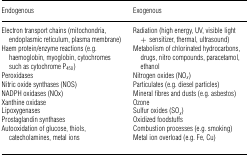
| Endogenous | Exogenous |
 | --- | --- |
 | Electron transport chains (mitochondria, endoplasmic reticulum, plasma membrane) | Radiation (high energy, UV, visible light + sensitizer, thermal, ultrasound) |
 | Haem protein/enzyme reactions (e.g. haemoglobin, myoglobin, cytochromes such as cytochrome P450) | Metabolism of chlorinated hydrocarbons, drugs, nitro compounds, paracetamol, ethanol |
 | Peroxidases | Nitrogen oxides (NOx) |
 | Nitric oxide synthases (NOS) | Particulates (e.g. diesel particles) |
 | NADPH oxidases (NOx) | Mineral fibres and dusts (e.g. asbestos) |
 | Xanthine oxidase | Ozone |
 | Lipoxygenases | Sulfur oxides (SOx) |
 | Prostaglandin synthases | Oxidized foodstuffs |
 | Autooxidation of glucose, thiols, catecholamines, metal ions | Combustion processes (e.g. smoking)Metal ion overload (e.g. Fe, Cu) |